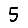
Digit: 5